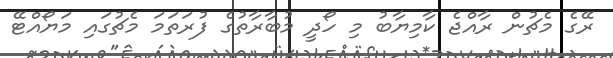
ރޭގެ މެޗުން ރާއްޖެ ކާމިޔާބު މި ހޯދީ މުބާރާތުގެ ފުރަތަމަ މެޗުގައި މަޔޯއްޓޭ